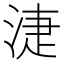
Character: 𣶏